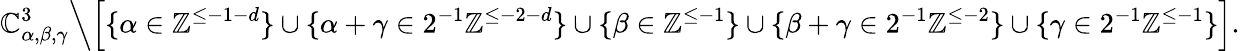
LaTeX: \mathbb{C}_{\alpha,\beta,\gamma}^{3}\Big\backslash\Big[\{ \alpha\in\mathbb{Z}^{\leq-1-d}\} \cup\{ \alpha+\gamma\in 2^{-1}\mathbb{Z}^{\leq-2-d}\} \cup\{ \beta\in\mathbb{Z}^{\leq-1}\} \cup\{ \beta+\gamma\in 2^{-1}\mathbb{Z}^{\leq-2}\} \cup\{ \gamma\in 2^{-1}\mathbb{Z}^{\leq-1}\} \Big].